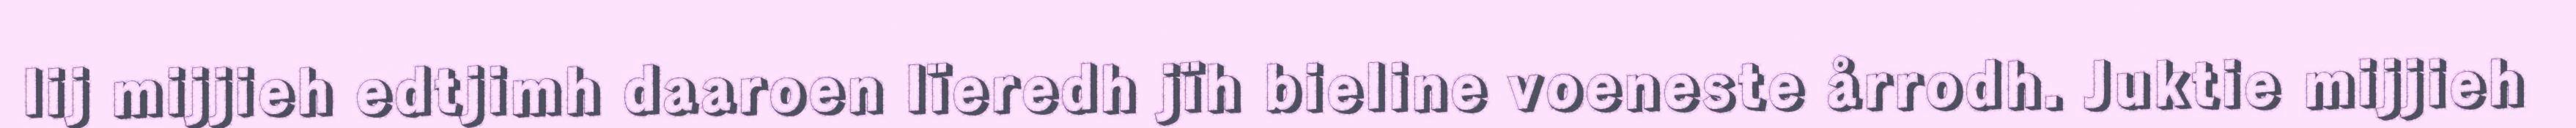
lij mijjieh edtjimh daaroen lïeredh jïh bieline voeneste årrodh. Juktie mijjieh